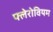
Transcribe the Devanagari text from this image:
फ्लेरोवियम